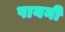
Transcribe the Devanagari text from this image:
पायनी